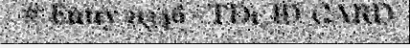
# Entry 21346 - TD1_ID_CARD